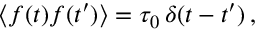
\begin{array} { r } { \langle f ( t ) f ( t ^ { \prime } ) \rangle = \tau _ { 0 } \, \delta ( { t - t ^ { \prime } } ) \, , } \end{array}